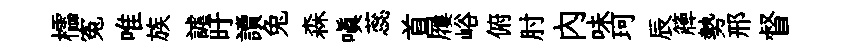
櫺寃唯族謔旴讀兔森嗔蕊首屨峪俯肘內味珂辰簰勢邢督